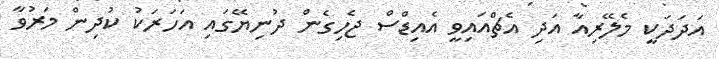
އަދަދަކީ މެލޭރިއާ އަދި އެޗްއައިވީ އެއިޑްސް ޖެހިގެން ދުނިޔޭގައި އަހަރަކު ކުދިން މަރުވާ